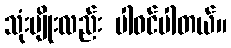
သုံးမျိုးလည်း ပါဝင်ပါတယ်။